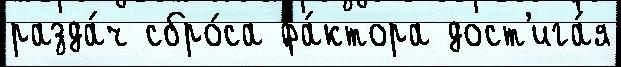
разда́ч сбро́са фа́ктора дост'ига́я